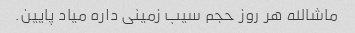
ماشالله هر روز حجم سیب زمینی داره میاد پایین.